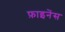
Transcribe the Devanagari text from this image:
फ़ाइनेंस